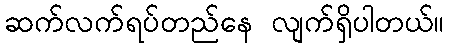
ဆက်လက်ရပ်တည်နေ လျက်ရှိပါတယ်။